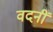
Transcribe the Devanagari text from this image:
वदनीं